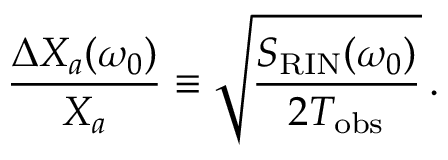
\frac { \Delta X _ { a } ( \omega _ { 0 } ) } { X _ { a } } \equiv \sqrt { \frac { S _ { \mathrm { R I N } } ( \omega _ { 0 } ) } { 2 T _ { \mathrm { o b s } } } } \, .